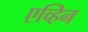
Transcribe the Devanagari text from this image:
एव्हिन